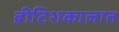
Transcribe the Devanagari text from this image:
ब्रीटिशकालात